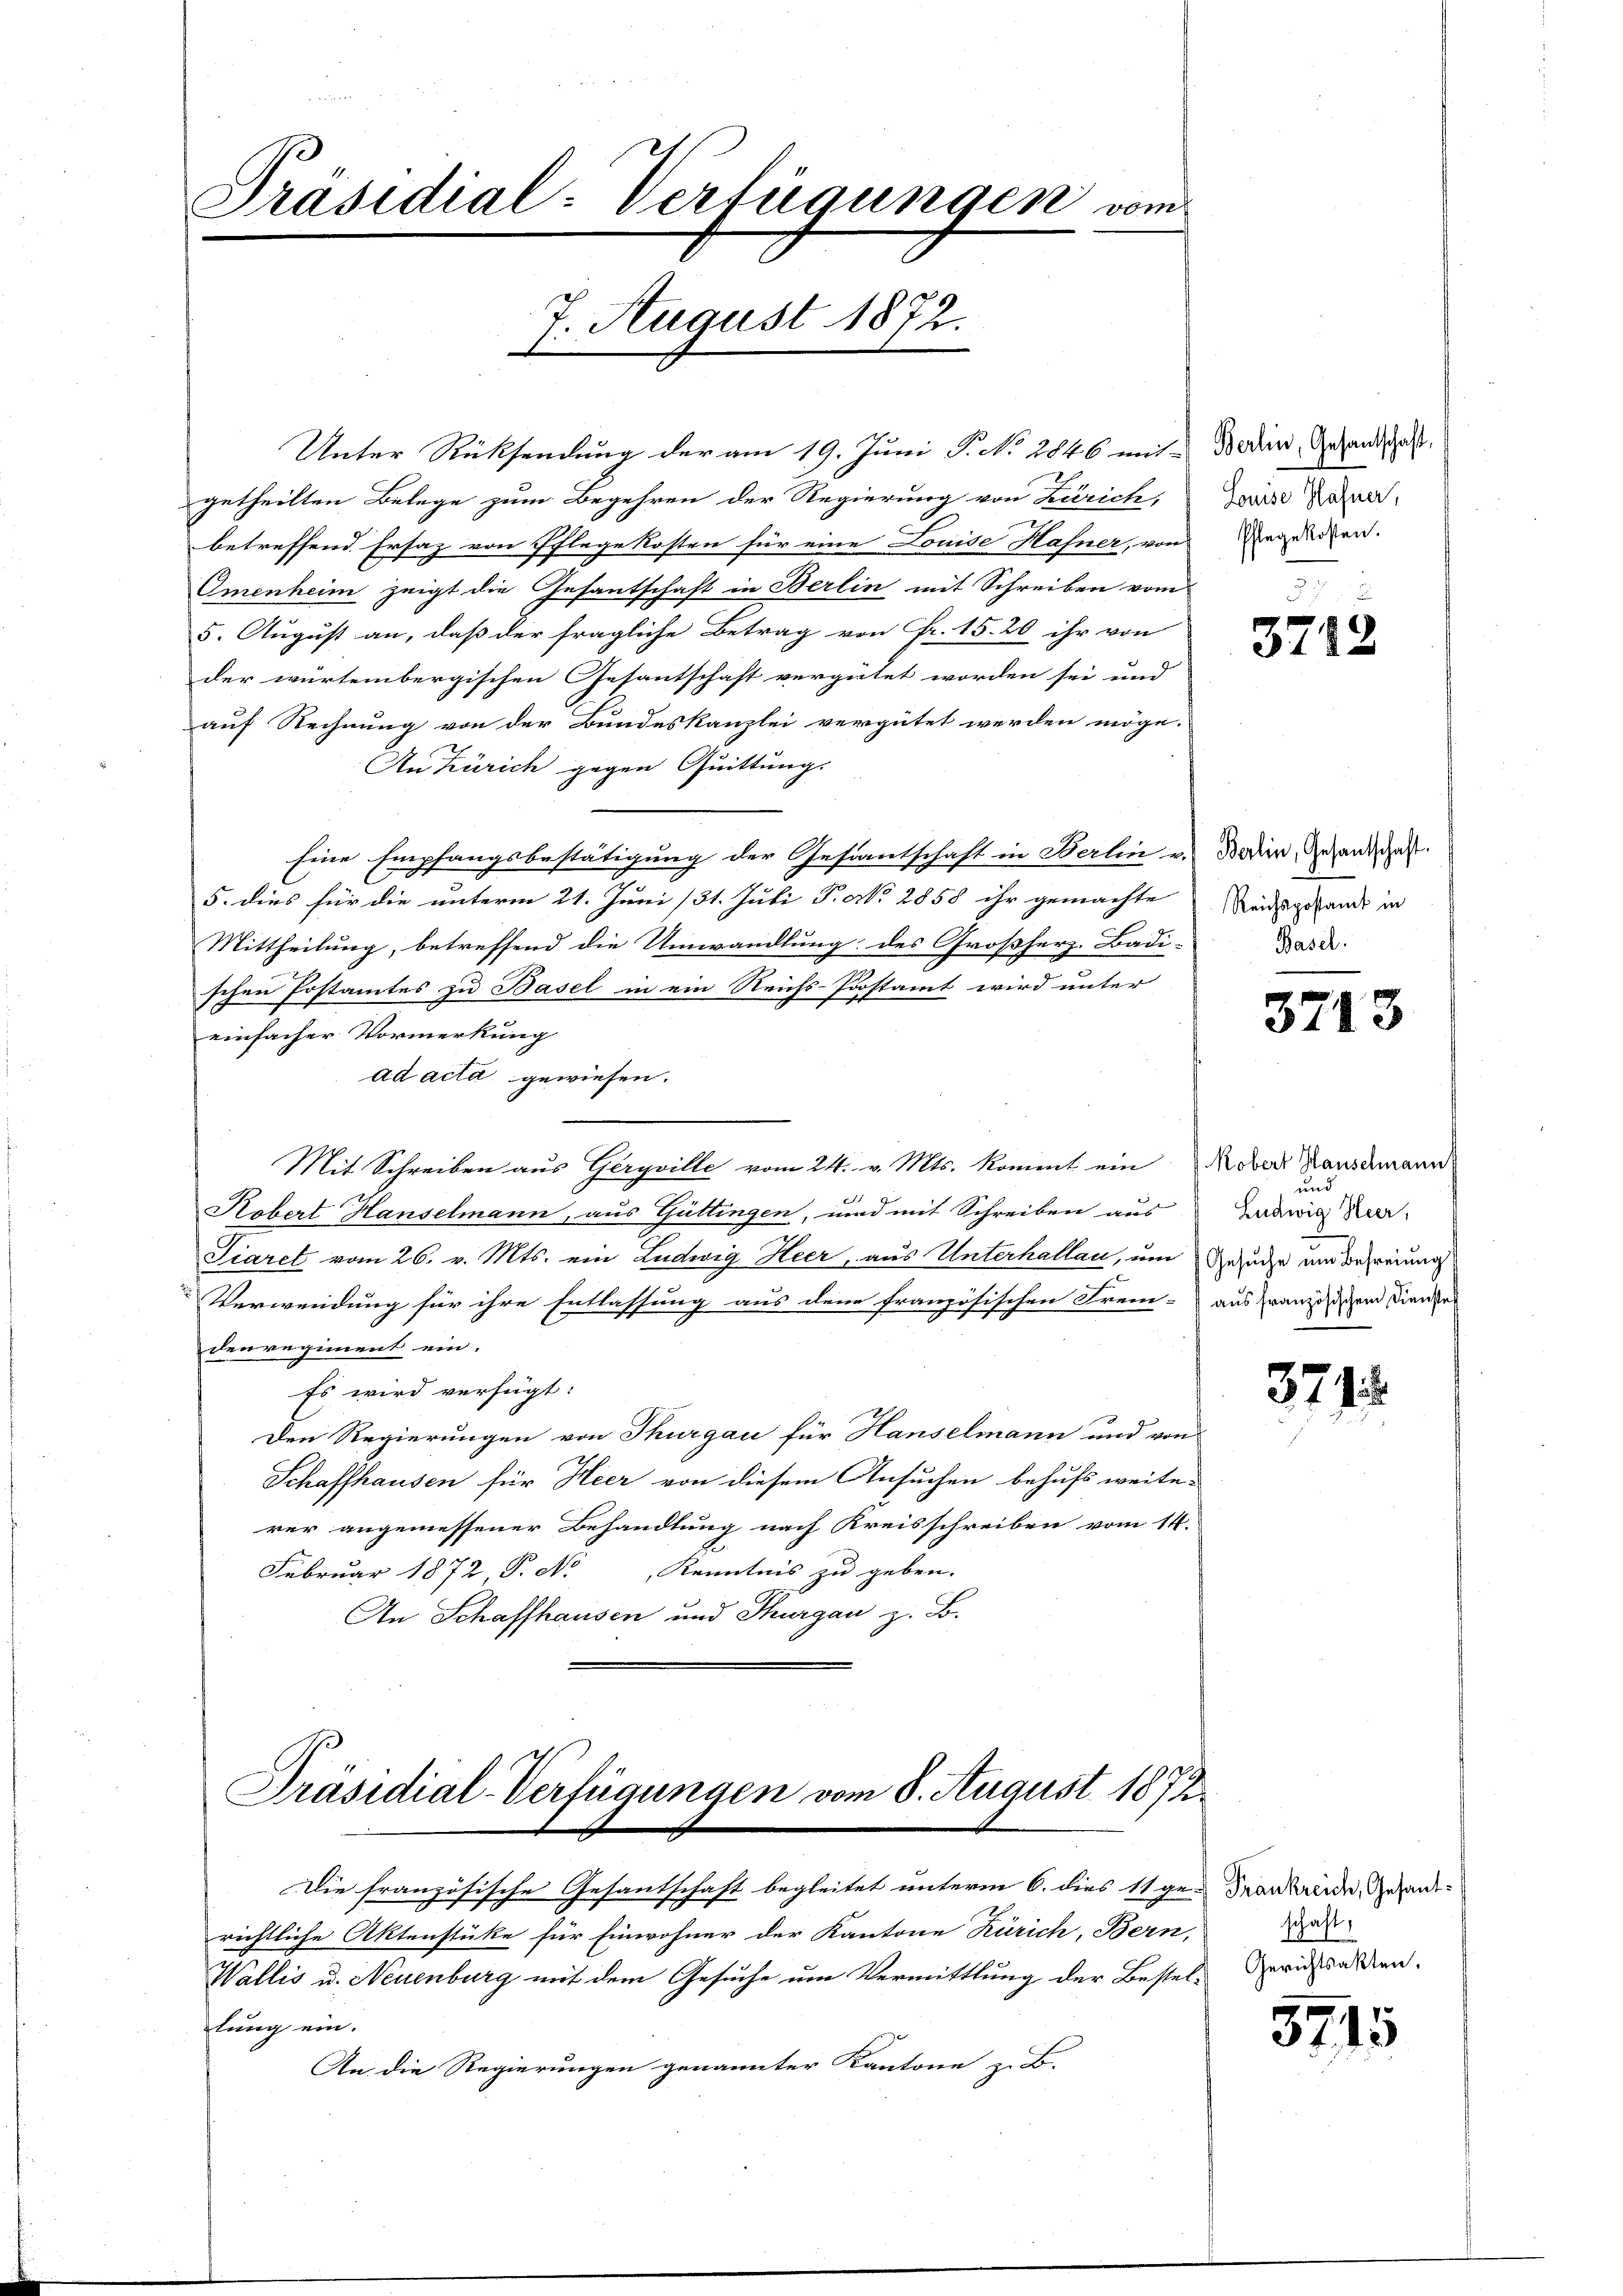
Präsidial-Verfügungen vom
7. August 1872.

Unter Rücksendung der am 19. Juni P. No. 2846 mit Boden, Gesandschaft,
getheilten Belege zum Begehren der Regierung von Zürich,
betreffend. Ersaz von Pflege kosten für eine Louise Hafner, von
Omenheim zeigt die Gesantschaft in Berlin mit Schreiben vom
5. August an, daß der fragliche Betrag von Fr. 15. 20 ihr von
der würtembergischen Gesantschaft vergütet worden sei und
auf Rechnung von der Bundeskanzlei vergütet werden möge.
An Zürich gegen Quittungs
Eine Empfangsbestätigung der Gestantschaft in Berlin u. Boden, Gesandten
5. dies für die unterm 21. Juni /31. Juli P. d. 2858 ihr gemachte Neidsgesandt in
Mittheilung, betreffend die Umwandlung des Großherz-Badi-
schen Postamtes zu Basel in ein Reichs-Prostamt wird unter
einfacher Vormerkung
ad acta gewiesen.
Mit Schreiben aus Geryville vom 24. v. Mts. kommt ein Rober Hausemann
2
Robert Hauselmann, aus Güttingen, und mit Schreiben aus
Siaret vom 26. v. Mts. ein Ludwig Heer, aus Unterhallan, um Gesuche um Befreiung
Verwendung für ihre Entlassung aus den französischen Frem- aus französischen Dienster
den regiment ein.
Es wird verfügt:
Den Regierungen von Thurgau für Hanselmann und von
Schaffhausen für Heer von diesem Ansuchen behufs weiterer angemessener Behandlung nach Kreisschreiben vom 14.
Februar 1872 P. N. Kenntnis zu geben. |
An Schaffhausen und Thurgau z. B.
Präsidial-Verfügungen vom 8. August 1872.
Die französische Gesantschaft begleitet unterm 6. dies 11 gen denn wurde, Gesandtrichtliche Aktenstüke für Einwohner der Kantone Zürich, Bern,
Wallis u. Neuenburg mit dem Gesuche um Vermittlung der Bestel-Gerichtsalten.
lung ein.
An die Regierungen genannter Kantone z. B.

Louise Hafner,
Pflegekosten.

3712

Basel.

3743

und
Ludwig Heer,

371.

schaft,

5715